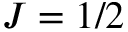
J = 1 / 2